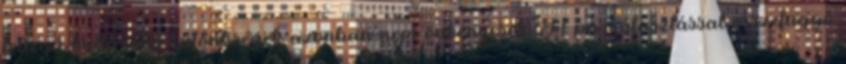
jellegű kulturális különbségek azonban nem önkényesek. A párválasztással összefüggő